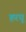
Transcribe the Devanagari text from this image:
हरयू